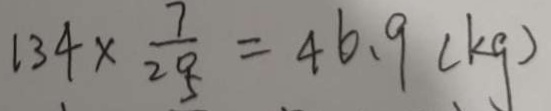
1 3 4 \times \frac { 7 } { 2 0 } = 4 6 . 9 ( k g )